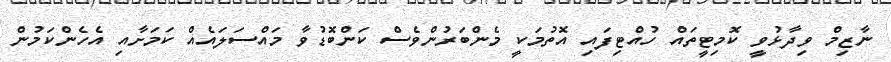
ނާޒިމް ވިދާޅުވީ ކޮމިޓީތައް ހުއްޓިފައި އޮތުމަކީ މެންބަރުންވެސް ކަންބޮޑުވާ މައްސަލައެއް ކަމަށާއި އެހެންކަމުން